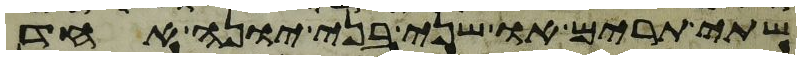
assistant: שתי תרים או שני בני יונה אחד